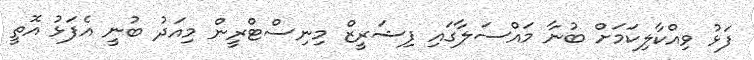
ފަޅު ވިއްކާލިކަމަށް ބުނާ މައްސަލާގައި ފިޝަރީޒް މިނިސްޓްރީން މިއަދު ބުނީ އެފަޅު އޮތީ